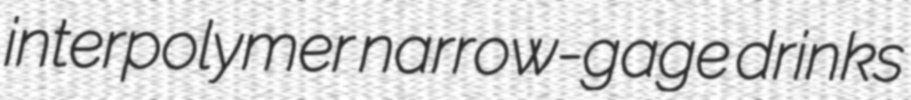
interpolymer narrow-gage drinks